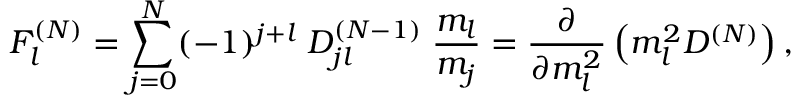
F _ { l } ^ { ( N ) } = \sum _ { j = 0 } ^ { N } ( - 1 ) ^ { j + l } \; D _ { j l } ^ { ( N - 1 ) } \; \frac { m _ { l } } { m _ { j } } = \frac { \partial } { \partial m _ { l } ^ { 2 } } \left( m _ { l } ^ { 2 } D ^ { ( N ) } \right) ,